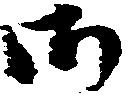
御